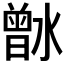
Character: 𰝉